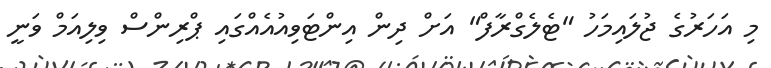
މި އަހަރުގެ ޖުލައިމަހު "ޓެލެގްރާފް" އަށް ދިން އިންޓަވިއުއެއްގައި ޕްރިންސް ވިލިއަމް ވަނީ